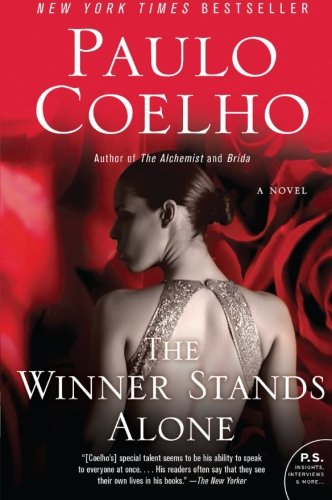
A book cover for The Winner Stands Alone: A Novel (P.S.); Paulo Coelho; Literature & Fiction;